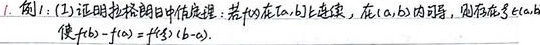
1. 例：(1) 证明拉格朗日中值定理：若$f(x)$在$[a,b]$上连续，在$(a,b)$内可导，则存在$\xi\in(a,b)$使$f(b)-f(a)=f'(\xi)(b - a)$。